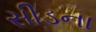
સીડના